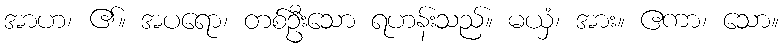
အာဟ၊ ၏။ အပရော၊ တစ်ဦးသော ရဟန်းသည်။ မယှံ၊ အား။ ဧကာ၊ သော။